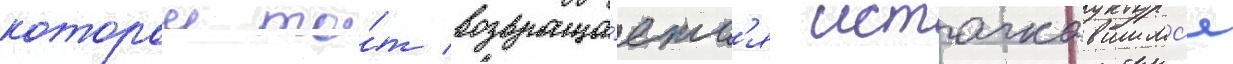
которои то́т возвраща́етс'я испачкавшимс'я